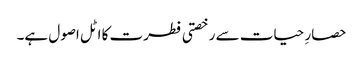
حصارِ حیات سے رخصتی فطرت کا اٹل اصول ہے۔